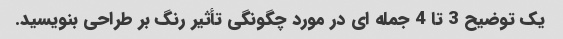
یک توضیح 3 تا 4 جمله ای در مورد چگونگی تأثیر رنگ بر طراحی بنویسید.